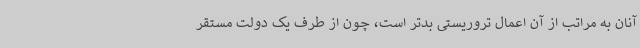
آنان به مراتب از آن اعمال تروریستی بدتر است، چون از طرف یک دولت مستقر